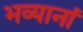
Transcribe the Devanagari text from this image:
भव्यानां